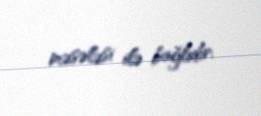
məsələsi ilə bağlıdır.